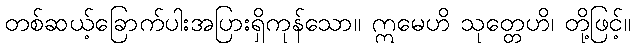
တစ်ဆယ့်ခြောက်ပါးအပြားရှိကုန်သော။ ဣမေဟိ သုတ္တေဟိ၊ တို့ဖြင့်။